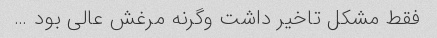
فقط مشکل تاخیر داشت وگرنه مرغش عالی بود …